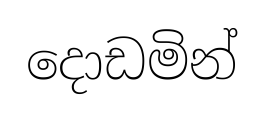
දොඩමින්